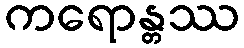
ကရောန္တဿ